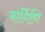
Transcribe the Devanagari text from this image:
मार्गिणि